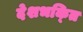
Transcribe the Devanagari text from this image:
देशभक्‍ित